Leaving Certificate Examination (including Day School Certificate (Higher) General paper), 1935
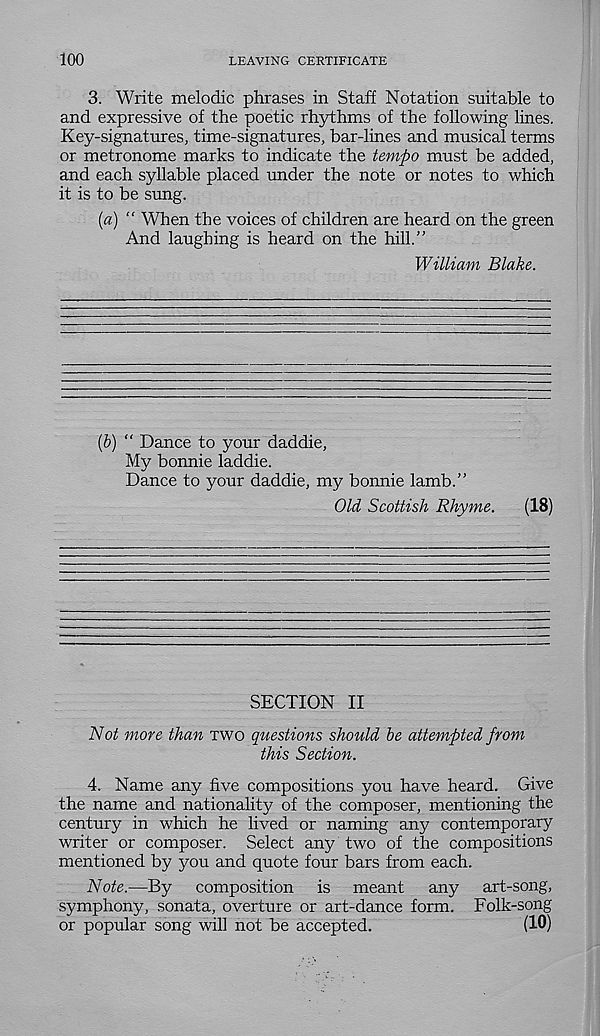
100
LEAVING CERTIFICATE
3. Write melodic phrases in Staff Notation suitable to
and expressive of the poetic rhythms of the following lines.
Key-signatures, time-signatures, bar-lines and musical terms
or metronome marks to indicate the tempo must be added,
and each syllable placed under the note or notes to which
it is to be sung.
[a) “ When the voices of children are heard on the green
And laughing is heard on the hill.”
William Blake.
(b) “ Dance to your daddie,
My bonnie laddie.
Dance to your daddie, my bonnie lamb.”
Old Scottish Rhyme.
(18)
SECTION II
Not more than two questions should be attempted from
this Section.
4. Name any five compositions you have heard. Give
the name and nationality of the composer, mentioning the
century in which he lived or naming any contemporary
writer or composer. Select any two of the compositions
mentioned by you and quote four bars from each.
Note.—By composition is meant
any art-song,
symphony, sonata, overture or art-dance form. Folk-song
or popular song will not be accepted.
(10)